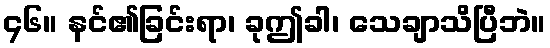
၄၆။ နင်၏ခြင်းရာ၊ ခုဤခါ၊ သေချာသိပြီဘဲ။